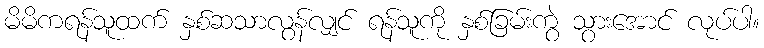
မိမိကရန်သူထက် နှစ်ဆသာလွန်လျှင် ရန်သူကို နှစ်ခြမ်းကွဲ သွားအောင် လုပ်ပါ။